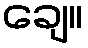
ချေ။